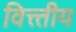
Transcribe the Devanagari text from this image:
वित्त्तीय